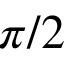
\pi / 2